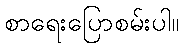
စာရေးပြောစမ်းပါ။